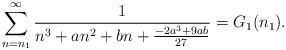
\begin{align*}\sum_{n=n_1}^{\infty}\frac{1}{n^3+an^2+bn +\frac{-2 a^3 + 9 a b}{27}}=G_1(n_1).\end{align*}